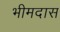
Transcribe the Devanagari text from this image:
भीमदास